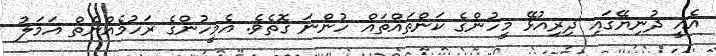
އެއީ ދުނިޔޭގައި ދިރިއުޅޭ މީހުންގެ ކަންތައްތައް ހުންނަ ގޮތެވެ. އެމީހުންގެ ރަހުމެއްނެތް އަމަލު